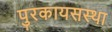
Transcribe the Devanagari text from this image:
पुरकायसस्था